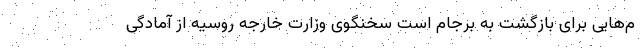
م‌هایی برای بازگشت به برجام است سخنگوی وزارت خارجه روسیه از آمادگی